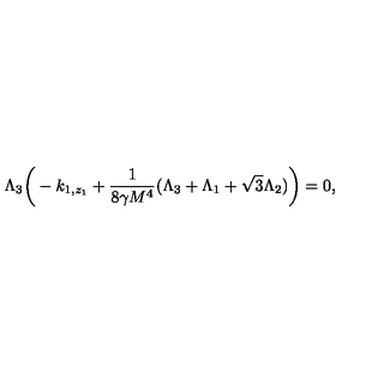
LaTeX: \Lambda _ { 3 } \bigg ( - k _ { 1 , z _ { 1 } } + \frac { 1 } { 8 \gamma M ^ { 4 } } ( \Lambda _ { 3 } + \Lambda _ { 1 } + \sqrt { 3 } \Lambda _ { 2 } ) \bigg ) = 0 ,